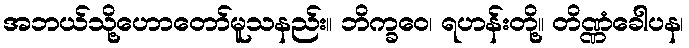
အဘယ်သို့ဟောတော်မူသနည်း။ ဘိက္ခဝေ၊ ရဟန်းတို့။ တိဏ္ဏံခေါပန၊